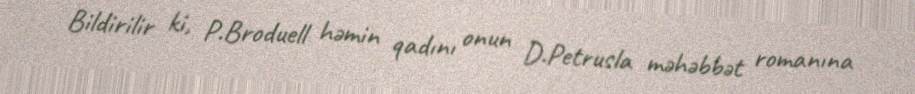
Bildirilir ki, P.Broduell həmin qadını onun D.Petrusla məhəbbət romanına